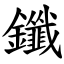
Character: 鑯